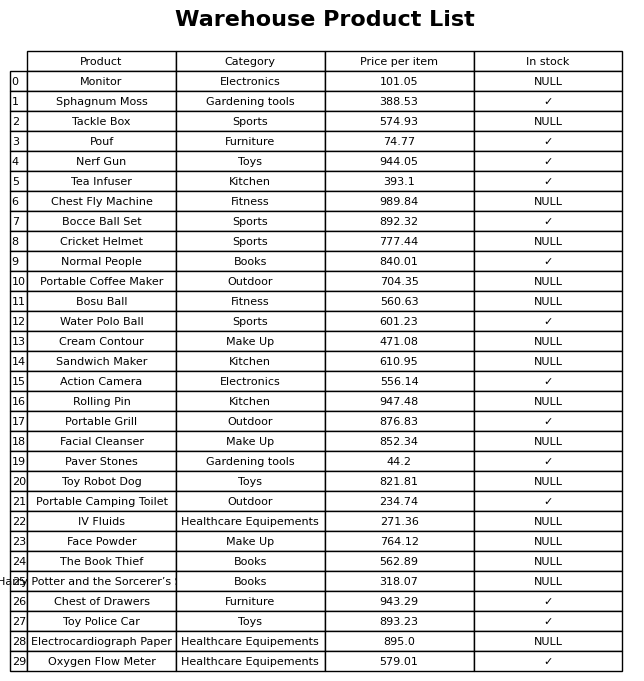
question: What is the price of the Chest of Drawers?
answer: The price of Chest of Drawers is 943.29.